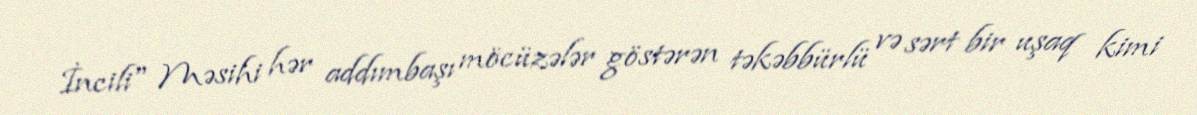
İncili" Məsihi hər addımbaşı möcüzələr göstərən təkəbbürlü və sərt bir uşaq kimi